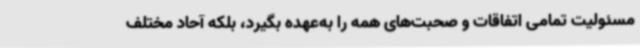
مسئولیت تمامی اتفاقات و صحبت‌های همه را به‌عهده بگیرد، بلکه آحاد مختلف